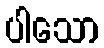
ပါသော